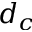
d _ { c }